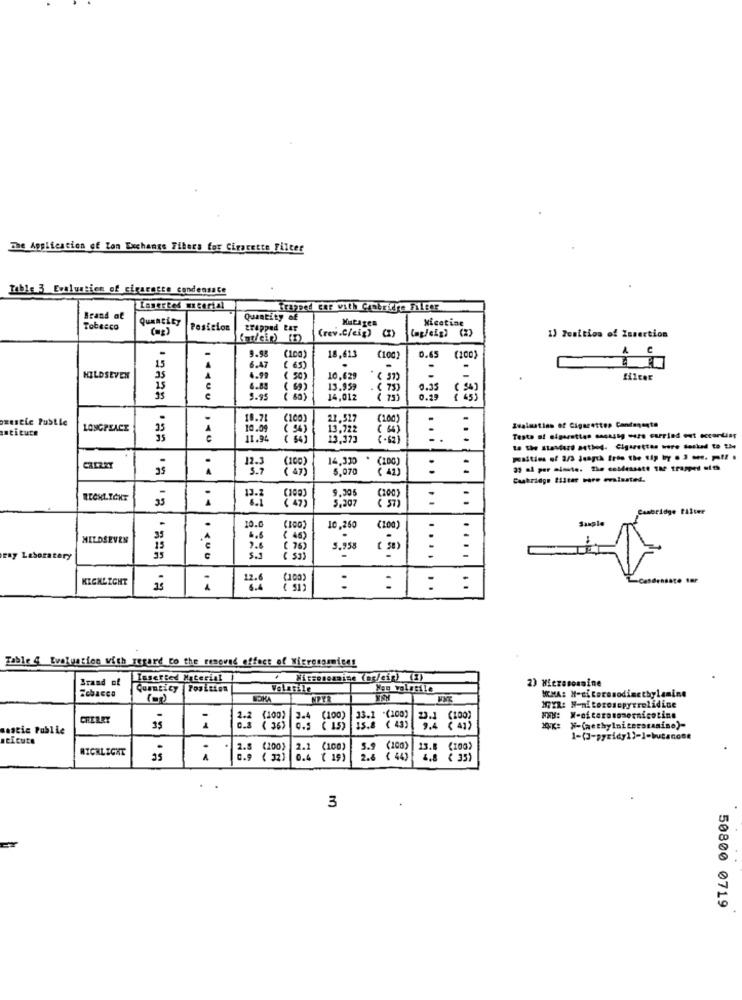
The Application of Zon Exchange Fibers for Cirgrette Filter
Table 3 Evaluaties of cigarette condensate
Trapped Car vith Cambridge Fileer
Brand af
Quantity
Quantity of
Nicotine
Tobacco
Posicion
trapped tar
(rev.C/cip)
1) 7caltion of Zusertion
9.95
0.65
U
18,613
(LOC)
(100)
15
6.47
( 65)
.
.
HILDSEVEN
35
A
4.99
( 50)
10,629
15
6.85
( 69)
13.959
.( 73)
0.35
( 54)
9.95
14,012
0.29
azescic Public
10.7
21.517
LONGPEACE
35
10.09
13.722
Evaluation of Cigarettes Candanente
11.94
:. :
Testa at sigaretten magassg ours carried out according
to the standard asthej. Cigarettes were locked to 234
(100)
14,330
CRERRY
( 47)
5.070
: :
39 al per minute. The condensate the trapped with
Cambridge Bilter bare evaluated.
9.305
5.207
: :
ambridge tilter
10.
10,260
( 100)
MILDSEVEN
6.6
7.6
3,958
( 30 )
ray Laboratory
$.1
....
.....
KICHLIGHT
12.6
(100)
is
1.
6.4
: :
. .
: :
Table 4 Evaluation with regard to the removed effect of Microsommises
Brand of
Inserted Material
.
Nitsosemaine (og/eig) (2)
Quantity Position
Volatile
Nas volatile
SOKA
NTYR
1722: N-nitososepyerolidine
(100)
3.4
(100)
-(100)
23.1
WWW: W-ofcarasomornicotine
sestic Public
C.3 ( 36)
( 15)
is.8 ( 43)
neicute
RICHLIGHT
2.8
(100)
2.1
(100)
5.9
(100)
13.
95
0.9 ( 32)
0.4 ( 19)
2.6 ( 44)
6.8 € 35)
.
3
50800 0719